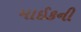
માઈકની